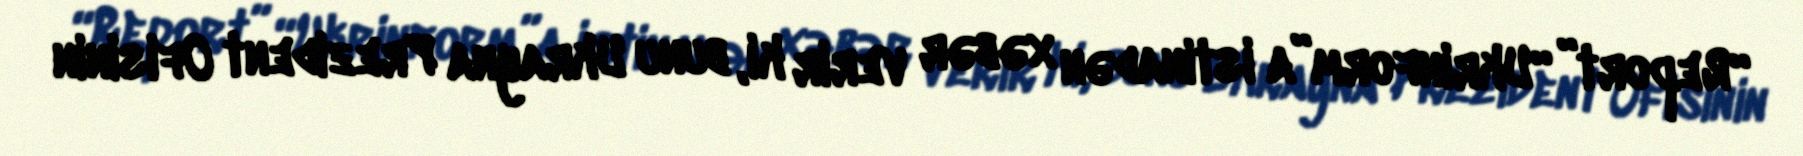
“Report” “Ukrinform”a istinadən xəbər verir ki, bunu Ukrayna Prezident Ofisinin